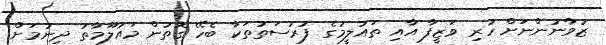
ޒުވާނުންނަށް ހުރި ވަޒީފާ އާއި ތައުލީމުގެ ފުރުސަތުތަކާ ބެހޭ ގޮތުން މައުލޫމާތު ދިނުމަށް